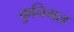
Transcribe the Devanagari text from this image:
कुनिगल